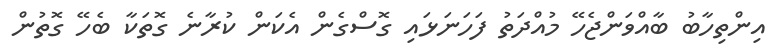
އިންތިހާބު ބާއްވަންޖެހޭ މުއްދަތު ފަހަނަޅައި ގޮސްގެން އެކަން ކުރާނެ ގޮތަކާ ބެހޭ ގޮތުން